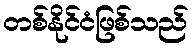
တစ်နိုင်ငံဖြစ်သည်